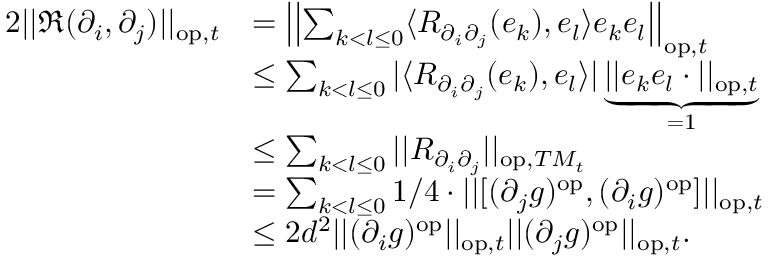
\begin{array} { r l } { 2 | | \mathfrak { R } ( \partial _ { i } , \partial _ { j } ) | | _ { \mathrm { o p } , t } } & { = \left| \left| \sum _ { k < l \leq 0 } \langle R _ { \partial _ { i } \partial _ { j } } ( e _ { k } ) , e _ { l } \rangle e _ { k } e _ { l } \right| \right| _ { \mathrm { o p } , t } } \\ & { \leq \sum _ { k < l \leq 0 } | \langle R _ { \partial _ { i } \partial _ { j } } ( e _ { k } ) , e _ { l } \rangle | \underbrace { | | e _ { k } e _ { l } \cdot | | _ { \mathrm { o p } , t } } _ { = 1 } } \\ & { \leq \sum _ { k < l \leq 0 } | | R _ { \partial _ { i } \partial _ { j } } | | _ { \mathrm { o p } , T M _ { t } } } \\ & { = \sum _ { k < l \leq 0 } 1 / 4 \cdot | | \lbrack ( \partial _ { j } g ) ^ { \mathrm { o p } } , ( \partial _ { i } g ) ^ { \mathrm { o p } } \rbrack | | _ { \mathrm { o p } , t } } \\ & { \leq 2 d ^ { 2 } | | ( \partial _ { i } g ) ^ { \mathrm { o p } } | | _ { \mathrm { o p } , t } | | ( \partial _ { j } g ) ^ { \mathrm { o p } } | | _ { \mathrm { o p } , t } . } \end{array}